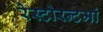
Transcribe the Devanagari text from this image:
रेस्‍टोरन्टमां